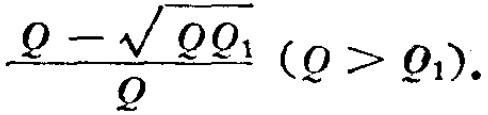
$\frac{Q - \sqrt{Q Q_{1}}}{Q} \left(Q > Q_{1}\right)$